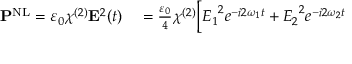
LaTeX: \begin{array} { r l } { \mathbf { P } ^ { \mathrm { N L } } = \varepsilon _ { 0 } \chi ^ { ( 2 ) } \mathbf { E } ^ { 2 } ( t ) } & { { } = { \frac { \varepsilon _ { 0 } } { 4 } } \chi ^ { ( 2 ) } { \Big [ } { E _ { 1 } } ^ { 2 } e ^ { - i 2 \omega _ { 1 } t } + { E _ { 2 } } ^ { 2 } e ^ { - i 2 \omega _ { 2 } t } } \end{array}